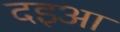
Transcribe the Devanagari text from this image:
दइआ